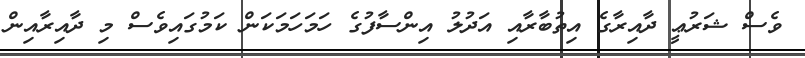
ވެސް ޝަރުޢީ ދާއިރާގެ އިތުބާރާއި އަދުލު އިންސާފުގެ ހަމަހަމަކަން ކަމުގައިވެސް މި ދާއިރާއިން